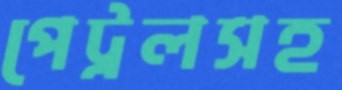
পেট্রলসহ